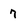
Character: 7